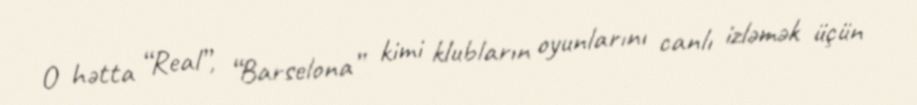
O hətta “Real”, “Barselona” kimi klubların oyunlarını canlı izləmək üçün